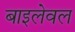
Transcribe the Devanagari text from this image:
बाइलेवल